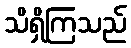
သိရှိကြသည်